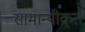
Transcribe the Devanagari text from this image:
सामान्यीक्र्त